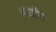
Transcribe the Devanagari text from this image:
सर्वांचें